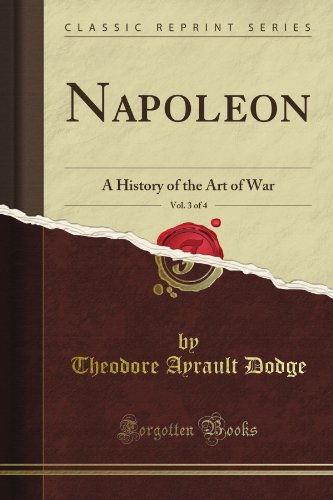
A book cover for Napoleon: A History of the Art of War, Vol. 3 of 4 (Classic Reprint); Theodore Ayrault Dodge; History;